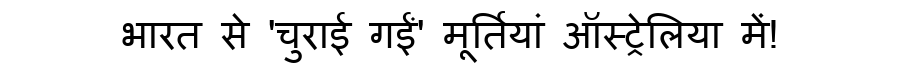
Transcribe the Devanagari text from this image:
भारत से 'चुराई गईं' मूर्तियां ऑस्ट्रेलिया में!